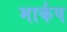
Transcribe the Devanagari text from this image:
मार्कप